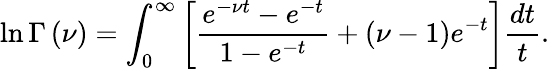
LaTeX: \ln\Gamma\left(\nu\right)=\int_{0}^{\infty}\left[\frac{e^{-\nu t}-e^{-t}}{1-e^{-t}}+\left(\nu-1\right)e^{-t}\right]\frac{dt}t.